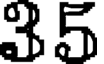
35